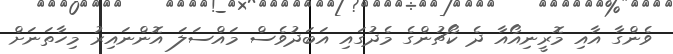
ވެންގާ އާއި މޮރީނިއޯއާ ދެ ކޯޗުންގެ މެދުގައި އަބަދުވެސް މައްސަލަ އޮންނައިރު މިހާތަނަށް